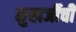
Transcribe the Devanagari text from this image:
मुखर्जीची